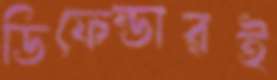
ডিফেন্ডারই